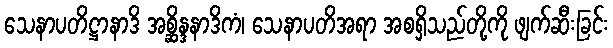
သေနာပတိဋ္ဌာနာဒိ အစ္ဆိန္ဒနာဒိကံ၊ သေနာပတိအရာ အစရှိသည်တို့ကို ဖျက်ဆီးခြင်း